Indian journal of veterinary science and animal husbandry - Volume 10,
Year: 1940
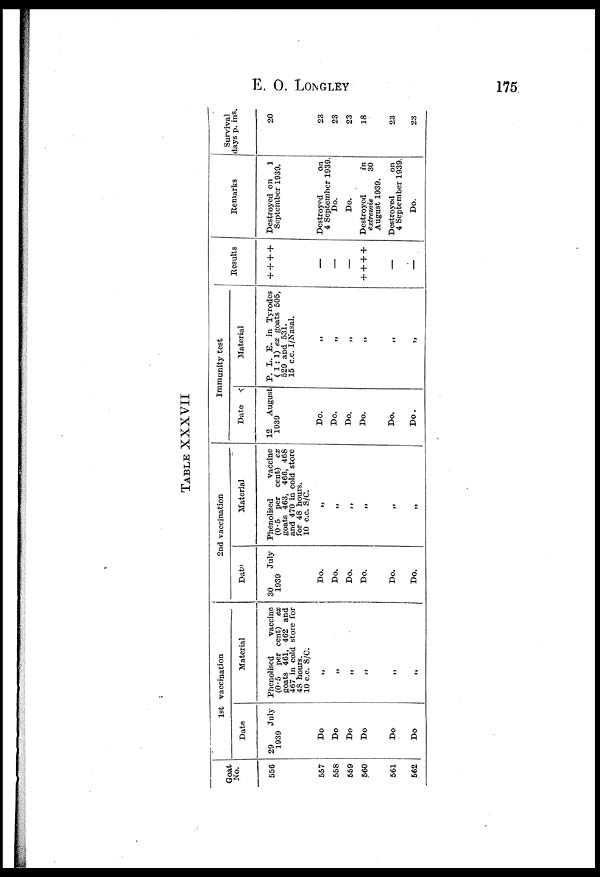
E.
O.
LONGLEY
175
TABLE XXXVII
Goat
No.
556
557
558
559
560
561
562
1st vaccination
Date
29
July
1939
Do
Do
Do
Do
Do
Do
Material
Phenolised
vaccine
(0.5 per cent)
ex
goats 461, 462 and
467 in cold store for
48 hours.
10 c.c. S/C.
„
„
„
„
„
„
2nd vaccination
Date
30
July
1939
Do.
Do.
Do.
Do.
Do.
Do.
Material
Phenolised
vaccine
(0.5 per cent) ex
goats 463, 466, 468
and 470 in cold store
for 48 hours.
10 c.c. S/C.
„
„
„
„
„
„
Immunity test
Date
12
August
1939
Do.
Do.
Do.
Do.
Do.
Do.
Material
P. L. E. in Tyrodes
(1:1) ex goats 505,
529 and 531.
15 c.c. I/Nasal.
„
„
„
„
„
„
Results
+ + + +
—
—
—
+ + + +
—
—
Remarks
Destroyed on
1
September 1939.
Destroyed
on
4 September 1939.
Do.
Do.
Destroyed
in
extremis
30
August 1939.
Destroyed
on
4 September 1939.
Do.
Survival
days p. ins.
20
23
23
23
18
23
23